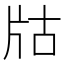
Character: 𤖲